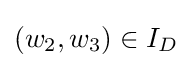
(w_{2},w_{3})\in I_{D}